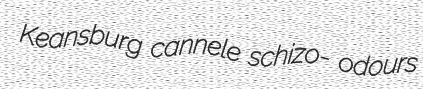
Keansburg cannele schizo- odours